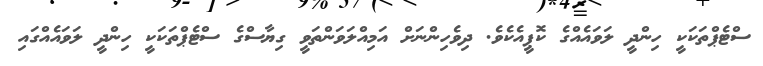
ސްޓެޕްތަކަކީ ހިންދީ ލަވައެއްގެ ކޮޕީއެކެވެ. ދިވެހިންނަށް އަމިއްލަވަންތަވީ ގިޔާސްގެ ސްޓެޕްތަކަކީ ހިންދީ ލަވައެއްގައި